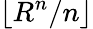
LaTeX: \lfloor R^{n}/n\rfloor